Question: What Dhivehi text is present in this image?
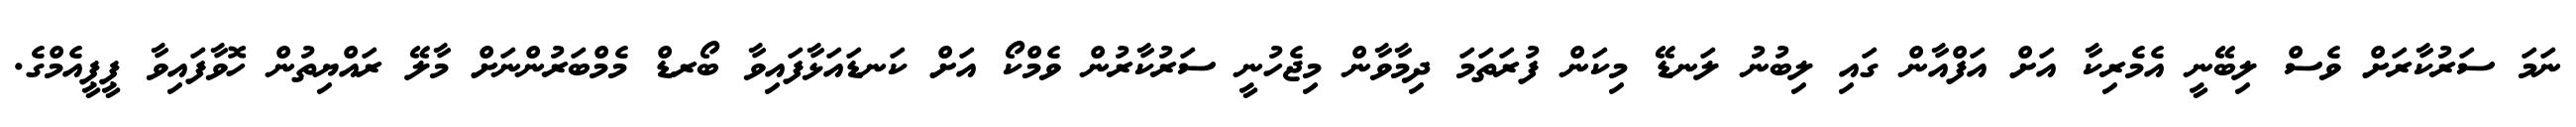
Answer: ނަމަ ސަރުކާރަށް ވެސް ލިބޭނީ އެމެރިކާ އަށް އަފްއާން ގައި ލިބުނު ލަނޑޭ މިކަން ފުރަތަމަ ދިމާވާން މިޖެހުނީ ސަރުކާރުން ވެމްކޯ އަށް ކަނޑައަޅާފައިވާ ބޯރޑް މެމްބަރުންނަށް މާލޭ ރައްޔިތުން ހޮވާފައިވާ ޕީޕީއެމްގެ.